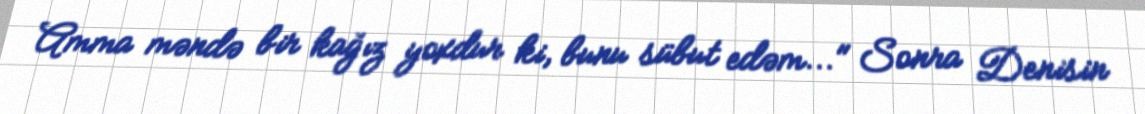
Amma məndə bir kağız yoxdur ki, bunu sübut edəm..." Sonra Denisin